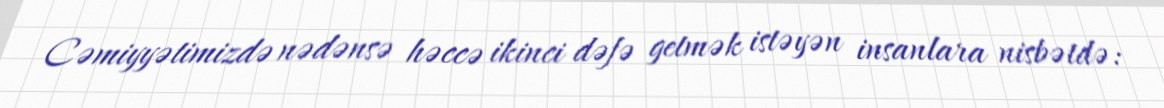
Cəmiyyətimizdə nədənsə həccə ikinci dəfə getmək istəyən insanlara nisbətdə: